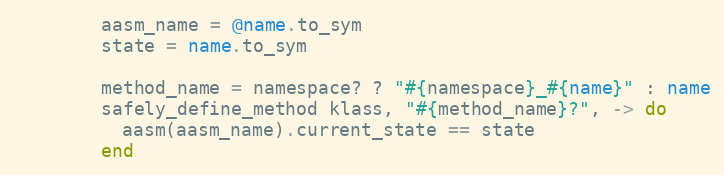
Language: Ruby
        aasm_name = @name.to_sym
        state = name.to_sym

        method_name = namespace? ? "#{namespace}_#{name}" : name
        safely_define_method klass, "#{method_name}?", -> do
          aasm(aasm_name).current_state == state
        end